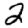
Digit: 2